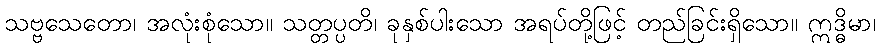
သဗ္ဗသေတော၊ အလုံးစုံသော။ သတ္တပ္ပတိ၊ ခုနှစ်ပါးသော အရပ်တို့ဖြင့် တည်ခြင်းရှိသော။ ဣဒ္ဓိမာ၊